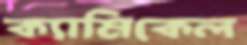
ক্যামিকেল